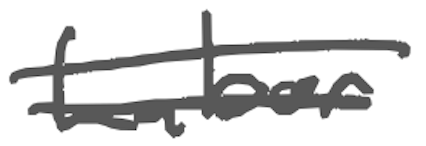
Text: Labor
Cross-out: double-line
Writing tool: digital_gray